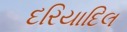
દરિયાદિલ